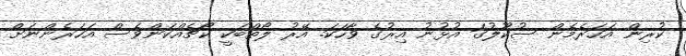
ކުރިން އަހަރެމެން ސުކޫލުގަ އުޅުނު އިރުގެ ވާހަކަ. އޭރު ލޯތްބަކީ ކޯޗެއްކަންވެސް އަހަރެންނަށް